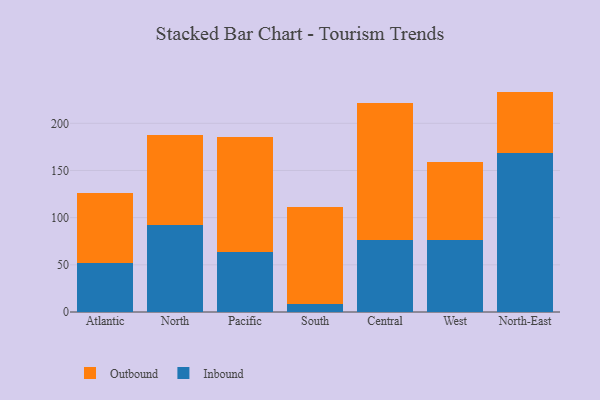
{"axis": {"x": "Region", "y": "Temperature (°C)"}, "legend": ["Inbound", "Outbound"], "data": [{"x": "Atlantic", "y": 52.4, "type": "Inbound"}, {"x": "Atlantic", "y": 73.4, "type": "Outbound"}, {"x": "North", "y": 92.7, "type": "Inbound"}, {"x": "North", "y": 94.5, "type": "Outbound"}, {"x": "Pacific", "y": 63.7, "type": "Inbound"}, {"x": "Pacific", "y": 121.7, "type": "Outbound"}, {"x": "South", "y": 8.0, "type": "Inbound"}, {"x": "South", "y": 103.3, "type": "Outbound"}, {"x": "Central", "y": 76.5, "type": "Inbound"}, {"x": "Central", "y": 144.5, "type": "Outbound"}, {"x": "West", "y": 76.8, "type": "Inbound"}, {"x": "West", "y": 82.2, "type": "Outbound"}, {"x": "North-East", "y": 168.2, "type": "Inbound"}, {"x": "North-East", "y": 65.4, "type": "Outbound"}]}